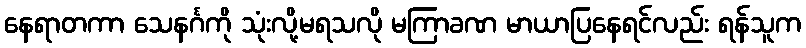
နေရာတကာ သေနင်္ဂကို သုံးလို့မရသလို မကြာခဏ မာယာပြနေရင်လည်း ရန်သူက